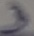
Text: 3